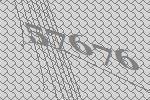
57676